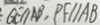
G E / / A B , P F / / A B